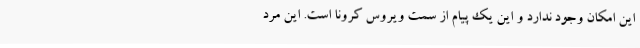
این امکان وجود ندارد و این یک پیام از سمت ویروس کرونا است. این مرد